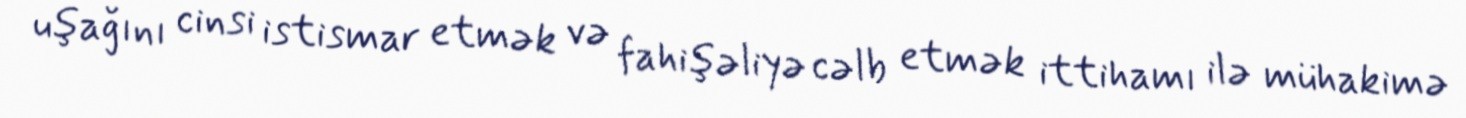
uşağını cinsi istismar etmək və fahişəliyə cəlb etmək ittihamı ilə mühakimə